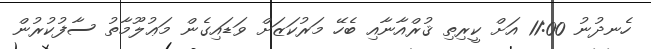
ހެނދުނު 11:00 އަށް ކީރިތި ޤުރްއާނާއި ބެހޭ މަރުކަޒަށް ވަޑައިގެން މަޢުލޫމާތު ސާފުކުރުން